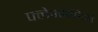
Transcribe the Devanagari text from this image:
फ्लेक्सविकी